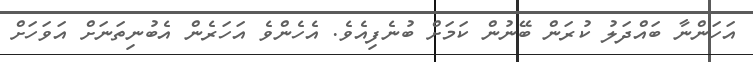
އަހަންނާ ބައްދަލު ކުރަން ބޭނުން ކަމަށް ބުނެފިއެވެ. އެހެންވެ އަހަރެން އެބުނިތަނަށް އަވަހަށް